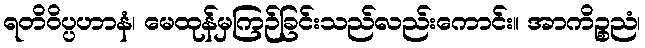
ရတိဝိပ္ပဟာနံ၊ မေထုန်မှကြဉ်ခြင်းသည်လည်းကောင်း။ အာကိဉ္စညံ၊